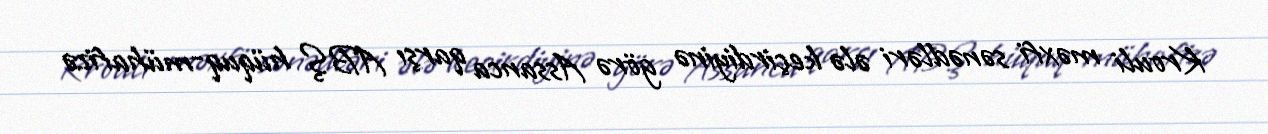
Krouli məxfi sənədləri ələ keçirdiyinə görə Assanca qarşı ABŞ hüquq-mühafizə